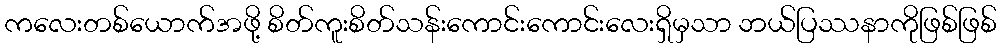
ကလေးတစ်ယောက်အဖို့ စိတ်ကူးစိတ်သန်းကောင်းကောင်းလေးရှိမှသာ ဘယ်ပြဿနာကိုဖြစ်ဖြစ်